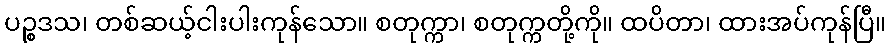
ပဉ္စဒသ၊ တစ်ဆယ့်ငါးပါးကုန်သော။ စတုက္ကာ၊ စတုက္ကတို့ကို။ ထပိတာ၊ ထားအပ်ကုန်ပြီ။